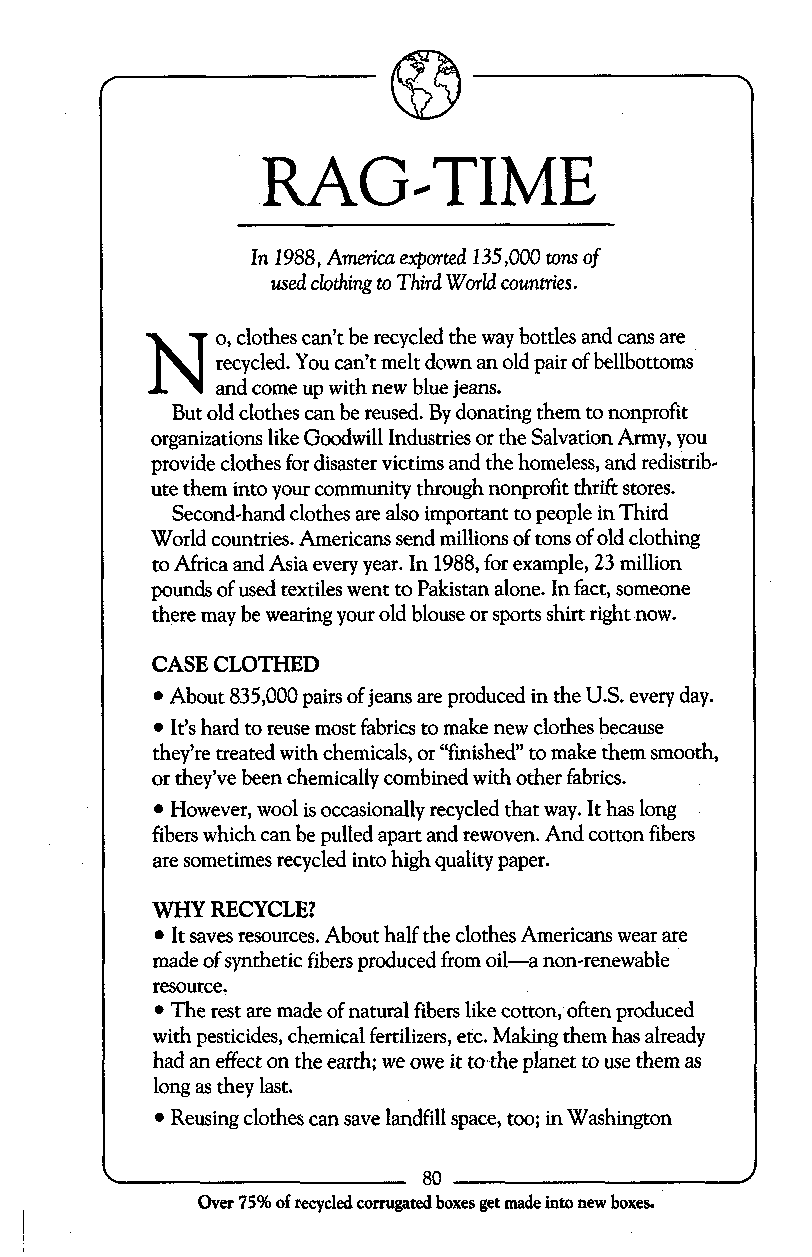
RAG-TIME
 In 1 988, America eqmted 135,000 tons of
 used clothing to Third World counties.
 N   0,c lothes can’t be recycled the way bottles and cans are
 recycled. You can’t melt down an old pair of bellbottoms
 and come up with new blue jeans.
 But old clothes can be reused. By donating them to nonprofit
 organizations like Goodwill Industries or the Salvation Army, you
 provide clothes for disaster victims and the homeless, and redistrib-
 ute them into your community through nonprofit thrift stores.
 Second-hand clothes are also important to people in Third
 World countries. Americans send millions of tons of old clothing
 to Africa and Asia every year. In 1988, for example, 23 million
 pounds of used textiles went to Pakistan alone. In fact, someone
 there may be wearing your old blouse or sports shirt right now.
 CASE CLOTHED
 About 835,000 pairs of jeans are produced in the U.S. every day.
 It’s hard to reuse most fabrics to make new clothes because
 they’re treated with chemicals, or “finished”t o make them smooth,
 or they’ve been chemically combined with other fabrics.
 However, wool is occasionally recycled that way. It has long
 fibers which can be pulled apart and rewoven. And cotton fibers
 are sometimes recycled into high quality paper.
 WHY RECYCLE?
 It saves resources. About half the clothes Americans wear are
 made of synthetic fibers produced from oil-a non-renewable
 resource.
 The rest are made of natural fibers like cotton, often produced
 with pesticides, chemical fertilizers, etc. Making them has already
 had an effect on the earth; we owe it to the planet to use them as
 long as they last.
 Reusing clothes can save landfill space, too; in Washington
 _.
 Over 75% of recycled corrugated boxes get made into new boxes.